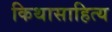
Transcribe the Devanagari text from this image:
किथासाहित्य